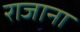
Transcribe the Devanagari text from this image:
राजाना